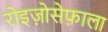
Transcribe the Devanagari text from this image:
रोइज़ोसेफ़ाला